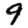
Digit: 9